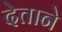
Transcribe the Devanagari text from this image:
देताने